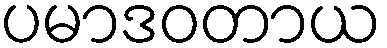
ပမာဒဝတာယ